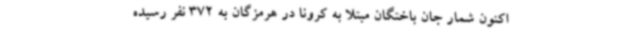
اکنون شمار جان باختگان مبتلا به کرونا در هرمزگان به 372 نفر رسیده